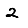
Digit: 2